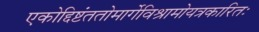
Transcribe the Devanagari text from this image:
एकोद्दिष्टंततोमार्गेविश्रामोयत्रकारितः